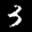
Label: 3